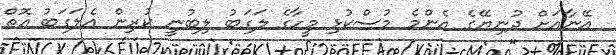
އޭނާއަށް ދުނިޔޭގެ އެންމެ މުސްކުޅި މީހާގެ ލަގަބު ލިބުނީ ކުރިން އެލަގަބު އޮތް